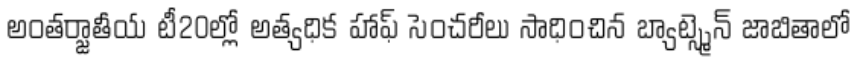
అంతర్జాతీయ టీ20ల్లో అత్యధిక హాఫ్ సెంచరీలు సాధించిన బ్యాట్స్మెన్ జాబితాలో